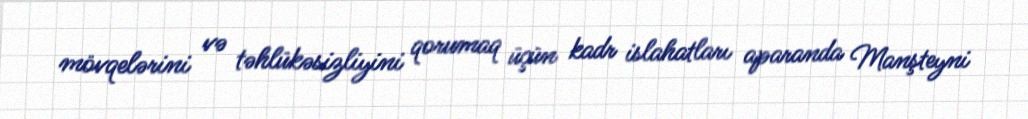
mövqelərini və təhlükəsizliyini qorumaq üçün kadr islahatları aparanda Manşteyni